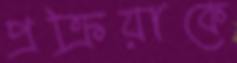
প্রক্রিয়াকে